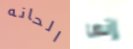
الحانه إنها